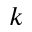
k